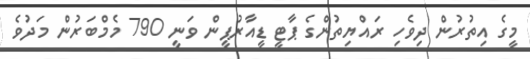
މީގެ އިތުރުން ދިވެހި ރައްޔިތުންގެ ޕާޓީ ޑީއާރުޕީން ވަނީ 790 މެމްބަރުން މަދުވެ